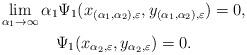
LaTeX: \begin{gather*}\lim_{\alpha_1 \rightarrow \infty}\alpha_1 \Psi_1(x_{(\alpha_{1},\alpha_2),\varepsilon},y_{(\alpha_{1},\alpha_2),\varepsilon}) = 0, \\\Psi_1(x_{\alpha_2,\varepsilon},y_{\alpha_2,\varepsilon}) = 0. \end{gather*}